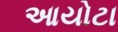
આયોટા